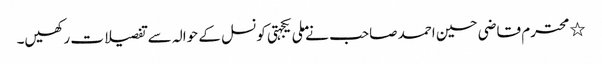
٭	محترم قاضی حسین احمد صاحب نے ملی یکجہتی کونسل کے حوالہ سے تفصیلات رکھیں۔